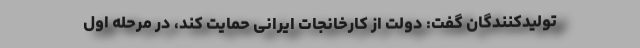
تولیدکنندگان گفت: دولت از کارخانجات ایرانی حمایت کند، در مرحله اول